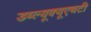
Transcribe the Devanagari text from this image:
डब्ल्यूक्यूएचटी